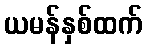
ယမန်နှစ်ထက်